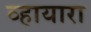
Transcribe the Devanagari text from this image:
व्हायारा